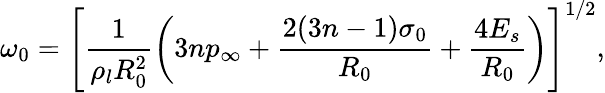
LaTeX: \omega_{0}=\left[\frac{1}{\rho_{l}R_{0}^{2}}\left(3np_{\infty}+\frac{2(3n-1)\sigma_{0}}{R_{0}}+\frac{4E_{s}}{R_{0}}\right)\right]^{1/2},